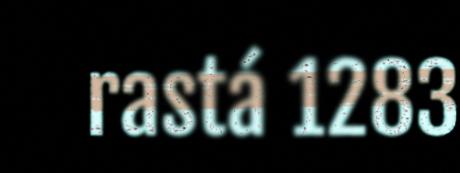
rastá 1283